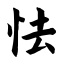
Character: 怯